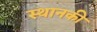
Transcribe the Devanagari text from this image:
स्‍थानकी